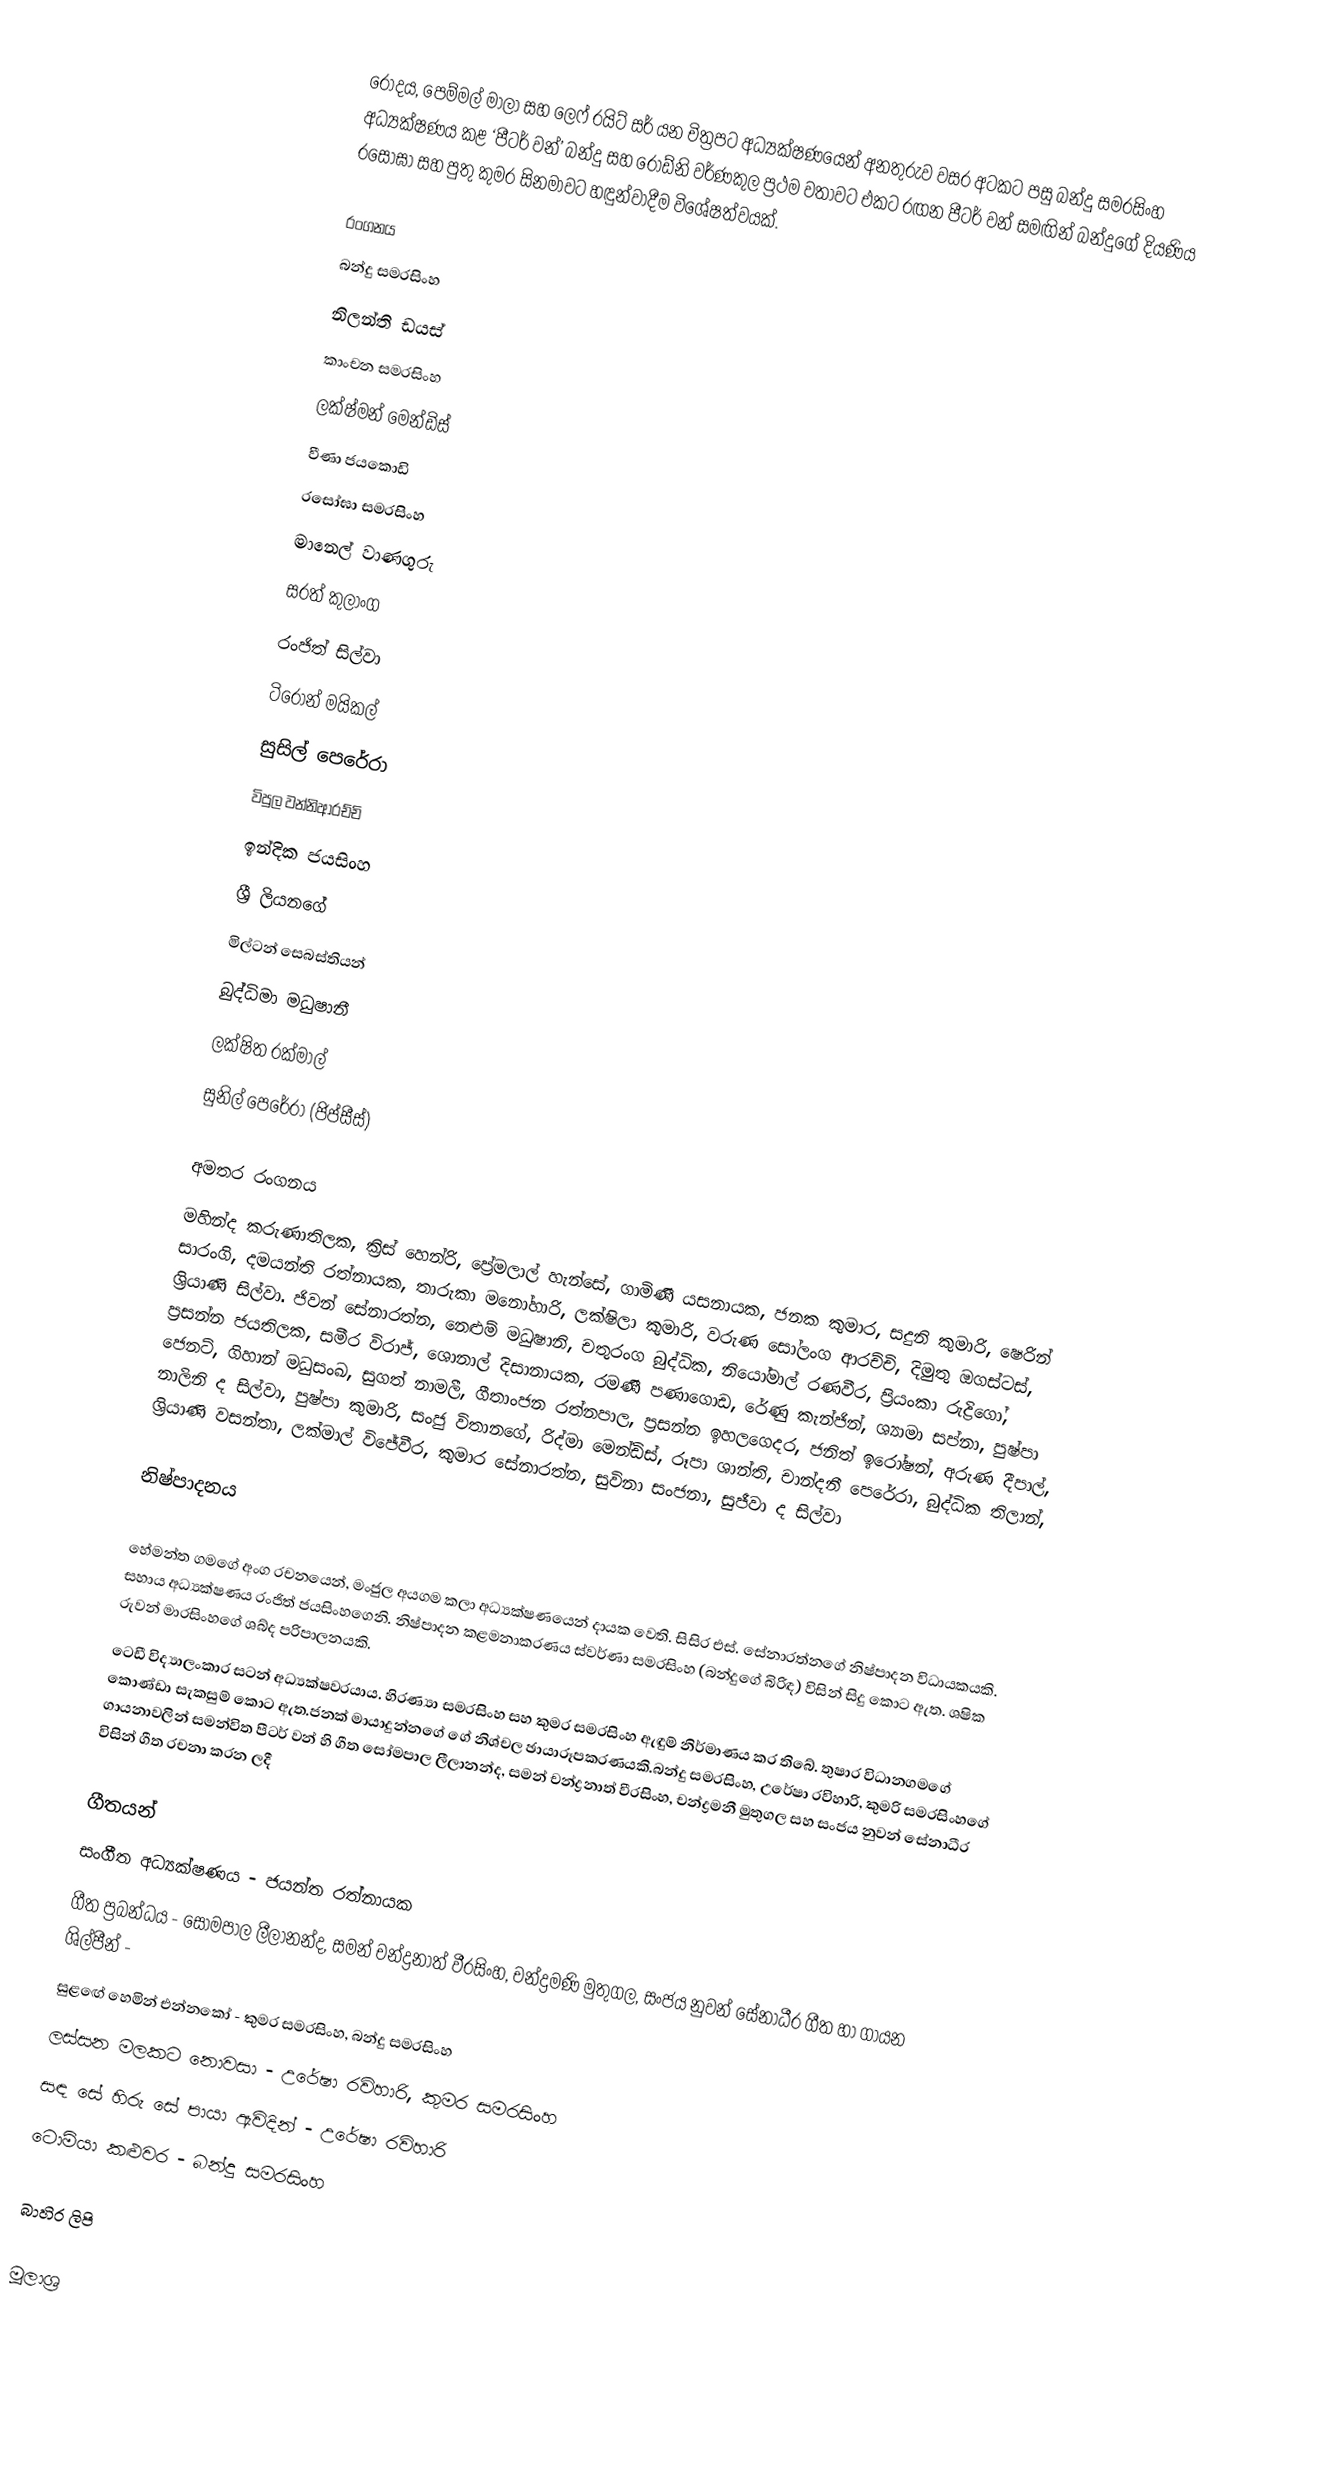
රෝදය, පෙම්මල් මාලා සහ ලෙෆ් රයිට් සර් යන චිත්‍රපට අධ්‍යක්ෂණයෙන් අනතුරුව වසර අටකට පසු බන්දු සමරසිංහ අධ්‍යක්ෂණය කළ ‘පීටර් වන්’ බන්දු සහ රොඩ්නි වර්ණකුල ප්‍රථම වතාවට එකට රඟන පීටර් වන් සමඟින් බන්දුගේ දියණිය රසෝඝා සහ පුතු කුමර සිනමාවට හඳුන්වාදීම විශේෂත්වයක්.

රංගනය
බන්දු සමරසිංහ
නිලන්ති ඩයස්
කාංචන සමරසිංහ
ලක්ෂ්මන් මෙන්ඩිස්
වීණා ජයකොඩි
රසෝඝා සමරසිංහ
මානෙල් වාණගුරු
සරත් කුලාංග
රංජිත් සිල්වා
ටිරෝන් මයිකල්
සුසිල් පෙරේරා
විපුල වන්නිආරච්චි
ඉන්දික ජයසිංහ
ශ්‍රී ලියනගේ
මිල්ටන් සෙබස්තියන්
බුද්ධිමා මධුෂානී
ලක්ෂිත රක්මාල්
සුනිල් පෙරේරා (ජිප්සීස්)

අමතර රංගනය
මහින්ද කරුණාතිලක, ක්‍රිස් හෙන්රි, ප්‍රේමලාල් හැන්සේ, ගාමිණී යසනායක, ජනක කුමාර, සදුනි කුමාරි, ෂෙරින් සාරංගි, දමයන්ති රත්නායක, තාරුකා මනෝහාරි, ලක්ෂිලා කුමාරි, වරුණ සෝලංග ආරච්චි, දිමුතු ඔගස්ටස්, ශ්‍රියාණි සිල්වා. ජිවන් සේනාරත්න, නෙළුම් මධුෂානි, චතුරංග බුද්ධික, නියෝමාල් රණවීර, ප්‍රියංකා රුද්‍රිගෝ, ප්‍රසන්න ජයතිලක, සමීර විරාජ්, ශොනාල් දිසානායක, රමණී පණාගොඩ, රේණු කැන්ජින්, ශ්‍යාමා සප්නා, පුෂ්පා ජෙනට්, ගිහාන් මධුසංඛ, සුගත් නාමලී, ගීතාංජන රත්නපාල, ප්‍රසන්න ඉහලගෙදර, ජනිත් ඉරෝෂන්, අරුණ දීපාල්, නාලිනි ද සිල්වා, පුෂ්පා කුමාරි, සංජු විතානගේ, රිද්මා මෙන්ඩිස්, රූපා ශාන්ති, චාන්දනී පෙරේරා, බුද්ධික තිලාන්, ශ්‍රියාණි වසන්තා, ලක්මාල් විජේවීර, කුමාර සේනාරත්න, සුවිනා සංජනා, සුජීවා ද සිල්වා

නිෂ්පාදනය

හේමන්ත ගමගේ අංග රචනයෙන්, මංජුල අයගම කලා අධ්‍යක්ෂණයෙන් දායක වෙති. සිසිර එස්. සේනාරත්නගේ නිෂ්පාදන විධායකයකි. සහාය අධ්‍යක්ෂණය රංජිත් ජයසිංහගෙනි. නිෂ්පාදන කළමනාකරණය ස්වර්ණා සමරසිංහ (බන්දුගේ බිරිඳ) විසින් සිදු කොට ඇත. ශෂික රුවන් මාරසිංහගේ ශබ්ද පරිපාලනයකි.
ටෙඩී විද්‍යාලංකාර සටන් අධ්‍යක්ෂවරයාය. හිරණ්‍යා සමරසිංහ සහ කුමර සමරසිංහ ඇඳුම් නිර්මාණය කර තිබේ. තුෂාර විධානගමගේ කොණ්ඩා සැකසුම් කොට ඇත.ජනක් මායාදුන්නගේ ගේ නිශ්චල ඡායාරූපකරණයකි.බන්දු සමරසිංහ, උරේෂා රවිහාරි, කුමරි සමරසිංහගේ ගායනාවලින් සමන්විත පීටර් වන් හි ගීත සෝමපාල ලීලානන්ද, සමන් චන්ද්‍රනාත් වීරසිංහ, චන්ද්‍රමනී මුතුගල සහ සංජය නුවන් සේනාධීර විසින් ගීත රචනා කරන ලදී

ගීතයන්
සංගීත අධ්‍යක්ෂණය - ජයන්ත රත්නායක
ගීත ප්‍රබන්ධය - සෝමපාල ලීලානන්ද, සමන් චන්ද්‍රනාත් වීරසිංහ, චන්ද්‍රමණි මුතුගල, සංජය නුවන් සේනාධීර ගීත හා ගායන ශිල්පීන් -
සුළඟේ හෙමින් එන්නකෝ - කුමර සමරසිංහ, බන්දු සමරසිංහ
ලස්සන මලකට නොවසා - උරේෂා රවිහාරි, කුමර සමරසිංහ
සඳ සේ හිරු සේ පායා ඇවිදින් - උරේෂා රවිහාරි
ටොමියා කළුවර - බන්දු සමරසිංහ

බාහිර ලිපි

මූලාශ්‍ර